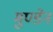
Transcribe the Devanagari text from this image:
मुण्‍डेन